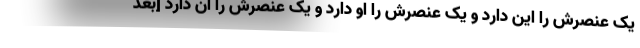
یک عنصرش را این دارد و یک عنصرش را او دارد و یک عنصرش را آن دارد [بعد